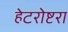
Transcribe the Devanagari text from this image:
हेटरोष्टरा